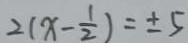
2 ( x - \frac { 1 } { 2 } ) = \pm 5